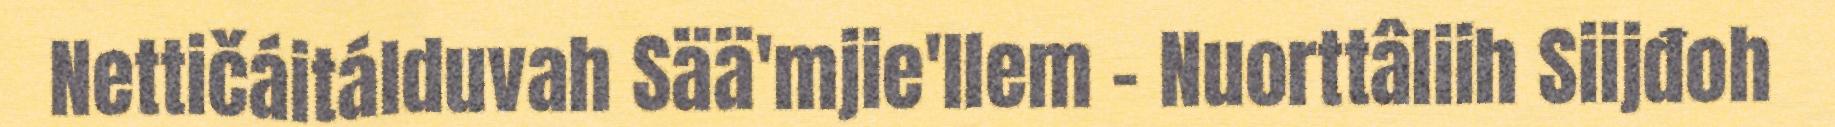
Nettičáitálduvah Sää'mjie'llem – Nuorttâliih Siijđoh